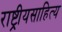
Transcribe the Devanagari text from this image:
राष्ट्रीयसाहित्य